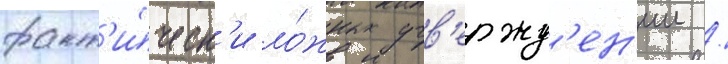
факт'и́ческ'и ло́жных утв'ержд'ен'ии /